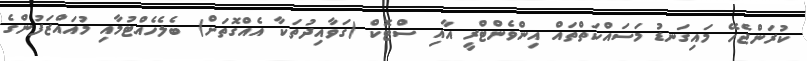
ކުރަންޖެހޭ މައިގަނޑު މަސައްކަތްތައް އިންވެންޓްރީ އާއި ސްޓޮކް (ގަވާއިދުތަކާ އެއްގޮތަށް) ބެލެހެއްޓުމާއި މުއައްޒަފުންގެ